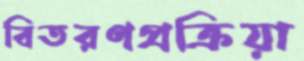
বিতরণপ্রক্রিয়া